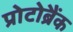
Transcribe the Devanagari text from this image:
प्रोटोब्रैंक